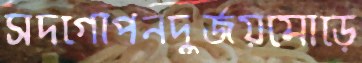
সদগোপনদুর্জয়মোড়ে